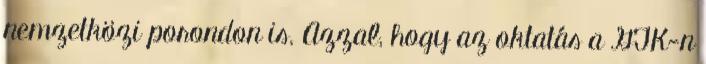
nemzetközi porondon is. Azzal, hogy az oktatás a GTK-n